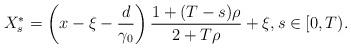
LaTeX: \begin{align*}X_s^* = \left( x-\xi -\frac{d}{\gamma_0} \right) \frac{1+(T-s)\rho}{2+T\rho} + \xi, s\in[0,T).\end{align*}